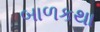
બાળકથા